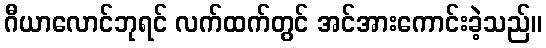
ဂီယာလောင်ဘုရင် လက်ထက်တွင် အင်အားကောင်းခဲ့သည်။